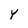
Character: Y